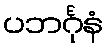
ပဘင်္ဂုနံ